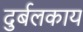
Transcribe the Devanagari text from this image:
दुर्बलकाय